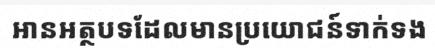
អានអត្ថបទដែលមានប្រយោជន៍ទាក់ទង